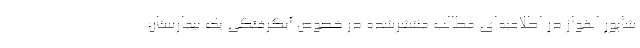
شاپور اهواز در اطلاعیه‌ای مطالب منتشرشده در خصوص آبگرفتگی یک بیمارستان